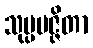
သုပ္ပမဇ္ဇိတာ